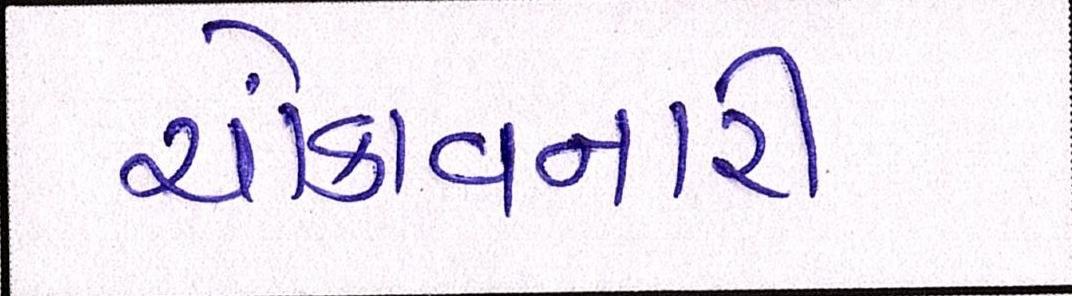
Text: ચોંકાવનારી